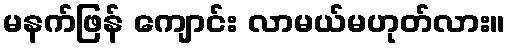
မနက်ဖြန် ကျောင်း လာမယ်မဟုတ်လား။